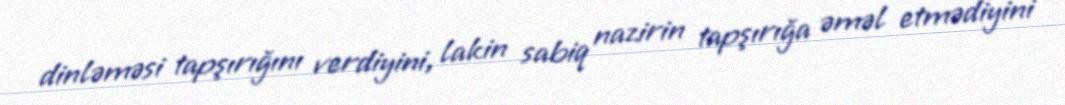
dinləməsi tapşırığını verdiyini, lakin sabiq nazirin tapşırığa əməl etmədiyini